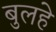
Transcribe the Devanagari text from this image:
बुलहे